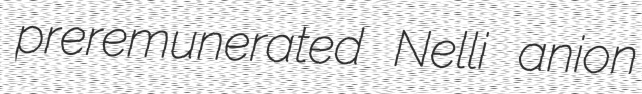
preremunerated Nelli anion